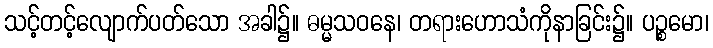
သင့်တင့်လျောက်ပတ်သော အခါ၌။ ဓမ္မသဝနေ၊ တရားဟောသံကိုနာခြင်း၌။ ပဉ္စမော၊